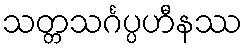
သတ္တသင်္ဂပ္ပဟီနဿ